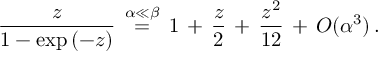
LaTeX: \frac { z } { 1 - \exp { ( - z ) } } \, \stackrel { \alpha \ll \beta } { = } \, 1 \, + \, \frac { z } { 2 } \, + \, \frac { z ^ { 2 } } { 1 2 } \, + \, { \cal { O } } ( \alpha ^ { 3 } ) \, .